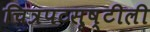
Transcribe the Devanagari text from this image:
चित्रपटसृष्टीली